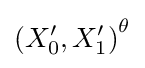
\left(X'_{0},X'_{1}\right)^{\theta }